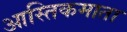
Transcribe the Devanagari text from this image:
आस्तिकमाता